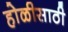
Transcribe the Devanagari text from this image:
होळीसाठी